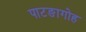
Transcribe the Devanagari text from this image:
पाटङागोह